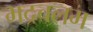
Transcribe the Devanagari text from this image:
भद्रचलम